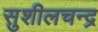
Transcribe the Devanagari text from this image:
सुशीलचन्द्र